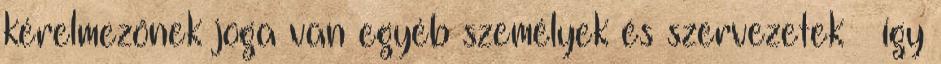
kérelmezőnek joga van egyéb személyek és szervezetek – így